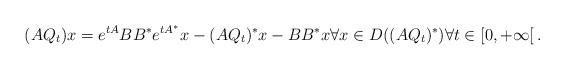
LaTeX: \begin{align*}(AQ_t) x = e^{tA}BB^* e^{tA^*}x - (AQ_t)^*x - BB^*x \forall x\in D((AQ_t)^*) \forall t \in[0,+\infty[\,.\end{align*}